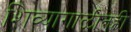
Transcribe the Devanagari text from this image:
शिव्यागाळीतही